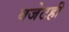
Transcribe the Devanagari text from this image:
बजेटही